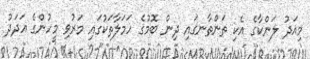
މިއަދު ލަންކާގެ އެކި ތަންތާނގައި ދިން ބޮމުގެ ހަމަލާާތަކުގައި މަރުވި މީހުންގެ އަދަދު